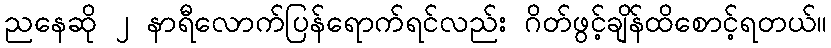
ညနေဆို ၂ နာရီလောက်ပြန်ရောက်ရင်လည်း ဂိတ်ဖွင့်ချိန်ထိစောင့်ရတယ်။